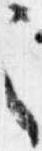
之